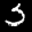
Label: 3